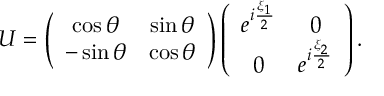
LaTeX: U = \left( \begin{array} { c c } { { \cos \theta } } & { { \sin \theta } } \\ { { - \sin \theta } } & { { \cos \theta } } \end{array} \right) \left( \begin{array} { c c } { { e ^ { i \frac { \xi _ { 1 } } { 2 } } } } & { { 0 } } \\ { { 0 } } & { { e ^ { i \frac { \xi _ { 2 } } { 2 } } } } \end{array} \right) .